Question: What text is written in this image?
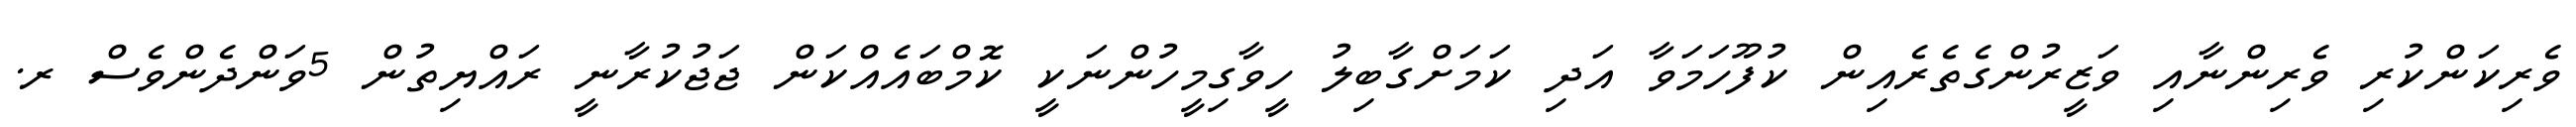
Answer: ވެރިކަންކުރި ވެރިންނާއި ވަޒީރުންގެތެރެއިން ކުފޫހަމަވާ އަދި ކަމަށްގާބިލު ހީވާގިމީހުންނަކީ ކޮމްބައެއްކަން ޖަޖުކުރާނީ ރައްޔިތުން 5ވަންދެންވެސް ރ.